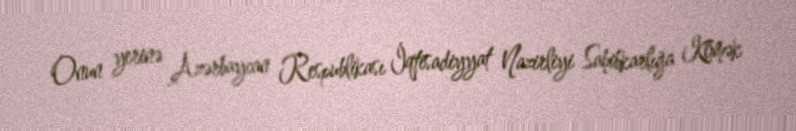
Onun yerinə Azərbaycan Respublikası İqtisadiyyat Nazirliyi Sahibkarlığa Kömək